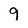
Character: 9